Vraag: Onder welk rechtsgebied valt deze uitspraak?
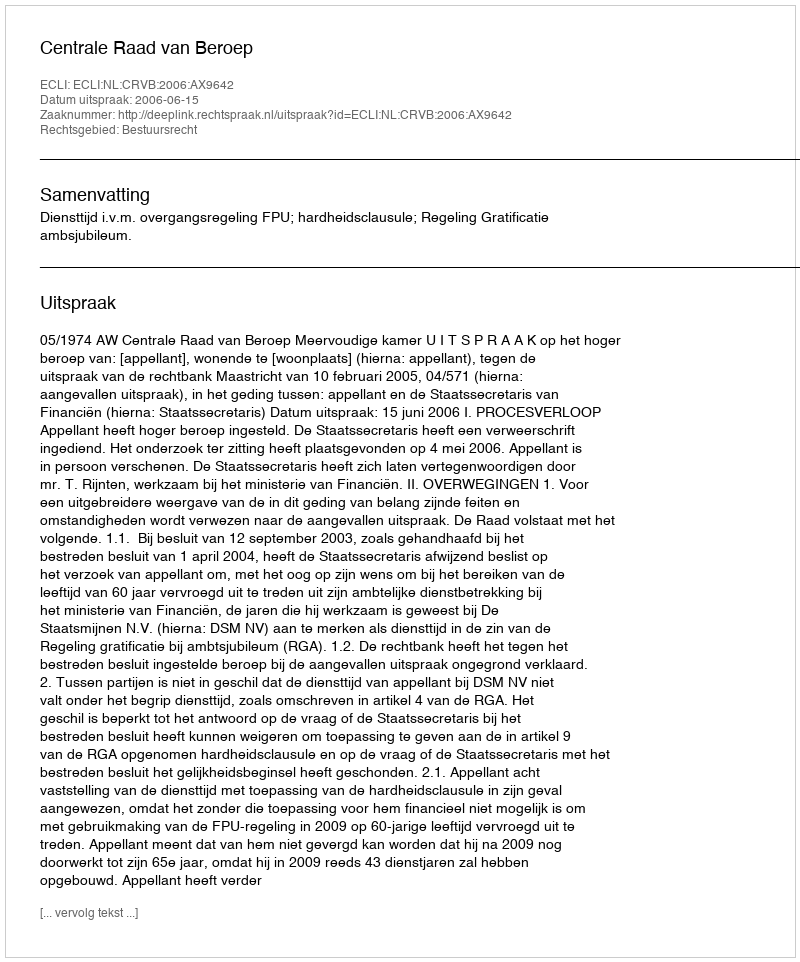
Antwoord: Bestuursrecht